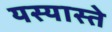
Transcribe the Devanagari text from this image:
यस्यास्ते